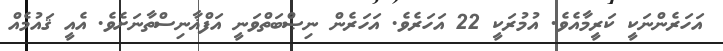
އަހަރެންނަކީ ކަރީމާއެވެ. އުމުރަކީ 22 އަހަރެވެ. އަހަރެން ނިޞްބަތްވަނީ އަފްޣާނިސްތާނަށެވެ. އެއީ ޤައުމެއް